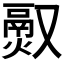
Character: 𬴵